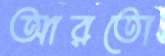
আরতো